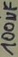
Text: 100µF